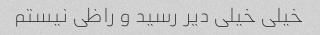
خیلی خیلی دیر رسید و راظی نیستم